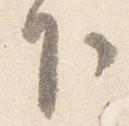
下